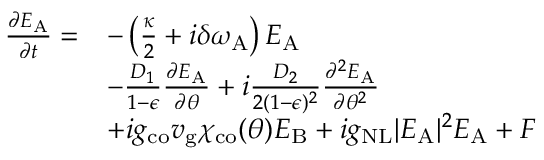
\begin{array} { r l } { \frac { \partial E _ { \mathrm { A } } } { \partial t } = } & { - \left( \frac { \kappa } { 2 } + i \delta \omega _ { \mathrm { A } } \right) E _ { \mathrm { A } } } \\ & { - \frac { D _ { 1 } } { 1 - \epsilon } \frac { \partial E _ { \mathrm { A } } } { \partial \theta } + i \frac { D _ { 2 } } { 2 ( 1 - \epsilon ) ^ { 2 } } \frac { \partial ^ { 2 } E _ { \mathrm { A } } } { \partial \theta ^ { 2 } } } \\ & { + i g _ { \mathrm { c o } } v _ { \mathrm { g } } \chi _ { \mathrm { c o } } ( \theta ) E _ { \mathrm { B } } + i g _ { \mathrm { N L } } \vert E _ { \mathrm { A } } \vert ^ { 2 } E _ { \mathrm { A } } + F } \end{array}